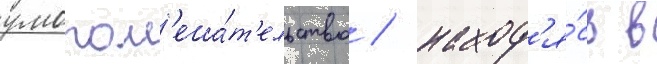
умопом'еша́т'ельство / наход'я́сь в